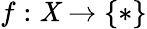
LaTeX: f:\mathit{X}\to\{ *\}